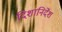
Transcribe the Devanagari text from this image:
दिशानिर्देंश